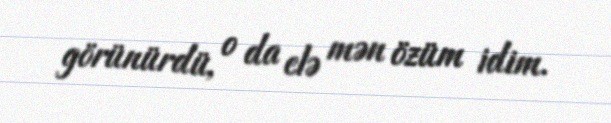
görünürdü, o da elə mən özüm idim.